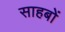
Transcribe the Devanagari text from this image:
साहबों